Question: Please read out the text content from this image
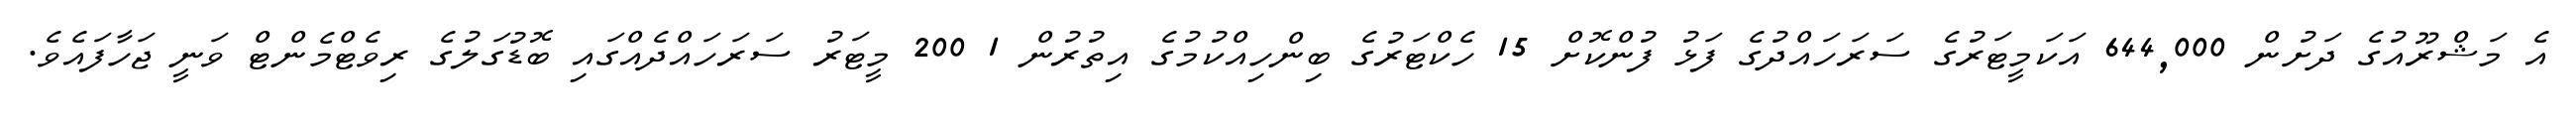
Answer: އެ މަޝްރޫއުގެ ދަށުން 644,000 އަކަމީޓަރުގެ ސަރަހައްދުގެ ފަޅު ފުންކޮށް 15 ހެކްޓަރުގެ ބިންހިއްކުމުގެ އިތުރުން 1 200 މީޓަރު ސަރަހައްދެއްގައި ބޮޑުގަލުގެ ރިވެޓްމެންޓް ވަނީ ޖަހާފައެވެ.